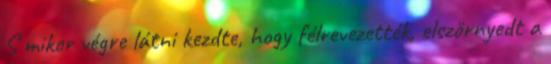
S mikor végre látni kezdte, hogy félrevezették, elszörnyedt a